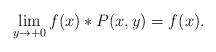
LaTeX: \begin{align*}\lim_{y\to+0}f(x)*P(x,y)=f(x).\end{align*}